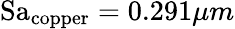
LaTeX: \mathrm{Sa}_{\mathrm{copper}}=0.291\mu m